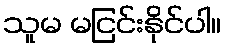
သူမ မငြင်းနိုင်ပါ။